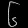
Digit: ၆